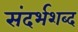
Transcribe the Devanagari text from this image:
संदर्भशब्द